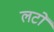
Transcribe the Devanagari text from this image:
लटों